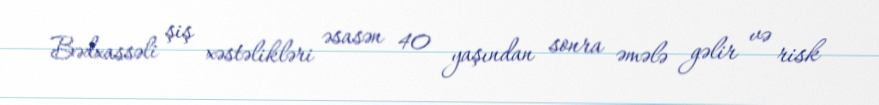
Bədxassəli şiş xəstəlikləri əsasən 40 yaşından sonra əmələ gəlir və risk